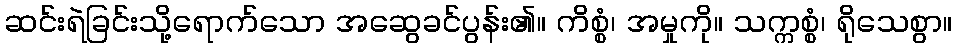
ဆင်းရဲခြင်းသို့ရောက်သော အဆွေခင်ပွန်း၏။ ကိစ္စံ၊ အမှုကို။ သက္ကစ္စံ၊ ရိုသေစွာ။